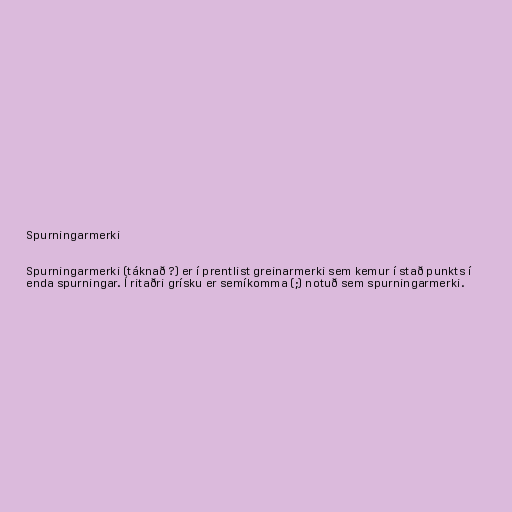
Spurningarmerki

Spurningarmerki (táknað ?) er í prentlist greinarmerki sem kemur í stað punkts í
enda spurningar. Í ritaðri grísku er semíkomma (;) notuð sem spurningarmerki.